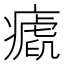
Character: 𤺝